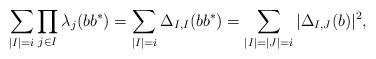
LaTeX: \begin{align*} \sum_{|I|=i} \prod_{j\in I}\lambda_j(bb^*) = \sum_{|I|=i}\Delta_{I,I}(bb^*) = \sum_{|I|=|J|=i}|\Delta_{I,J}(b)|^2,\end{align*}